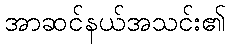
အာဆင်နယ်အသင်း၏